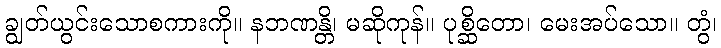
ချွတ်ယွင်းသောစကားကို။ နဘဏန္တိ၊ မဆိုကုန်။ ပုစ္ဆိတော၊ မေးအပ်သော။ တွံ၊